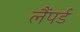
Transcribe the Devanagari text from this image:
लैंपर्ड